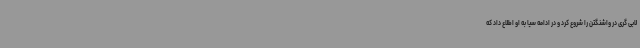
لابی گری در واشنگتن را شروع کرد و در ادامه سیا به او اطلاع داد که